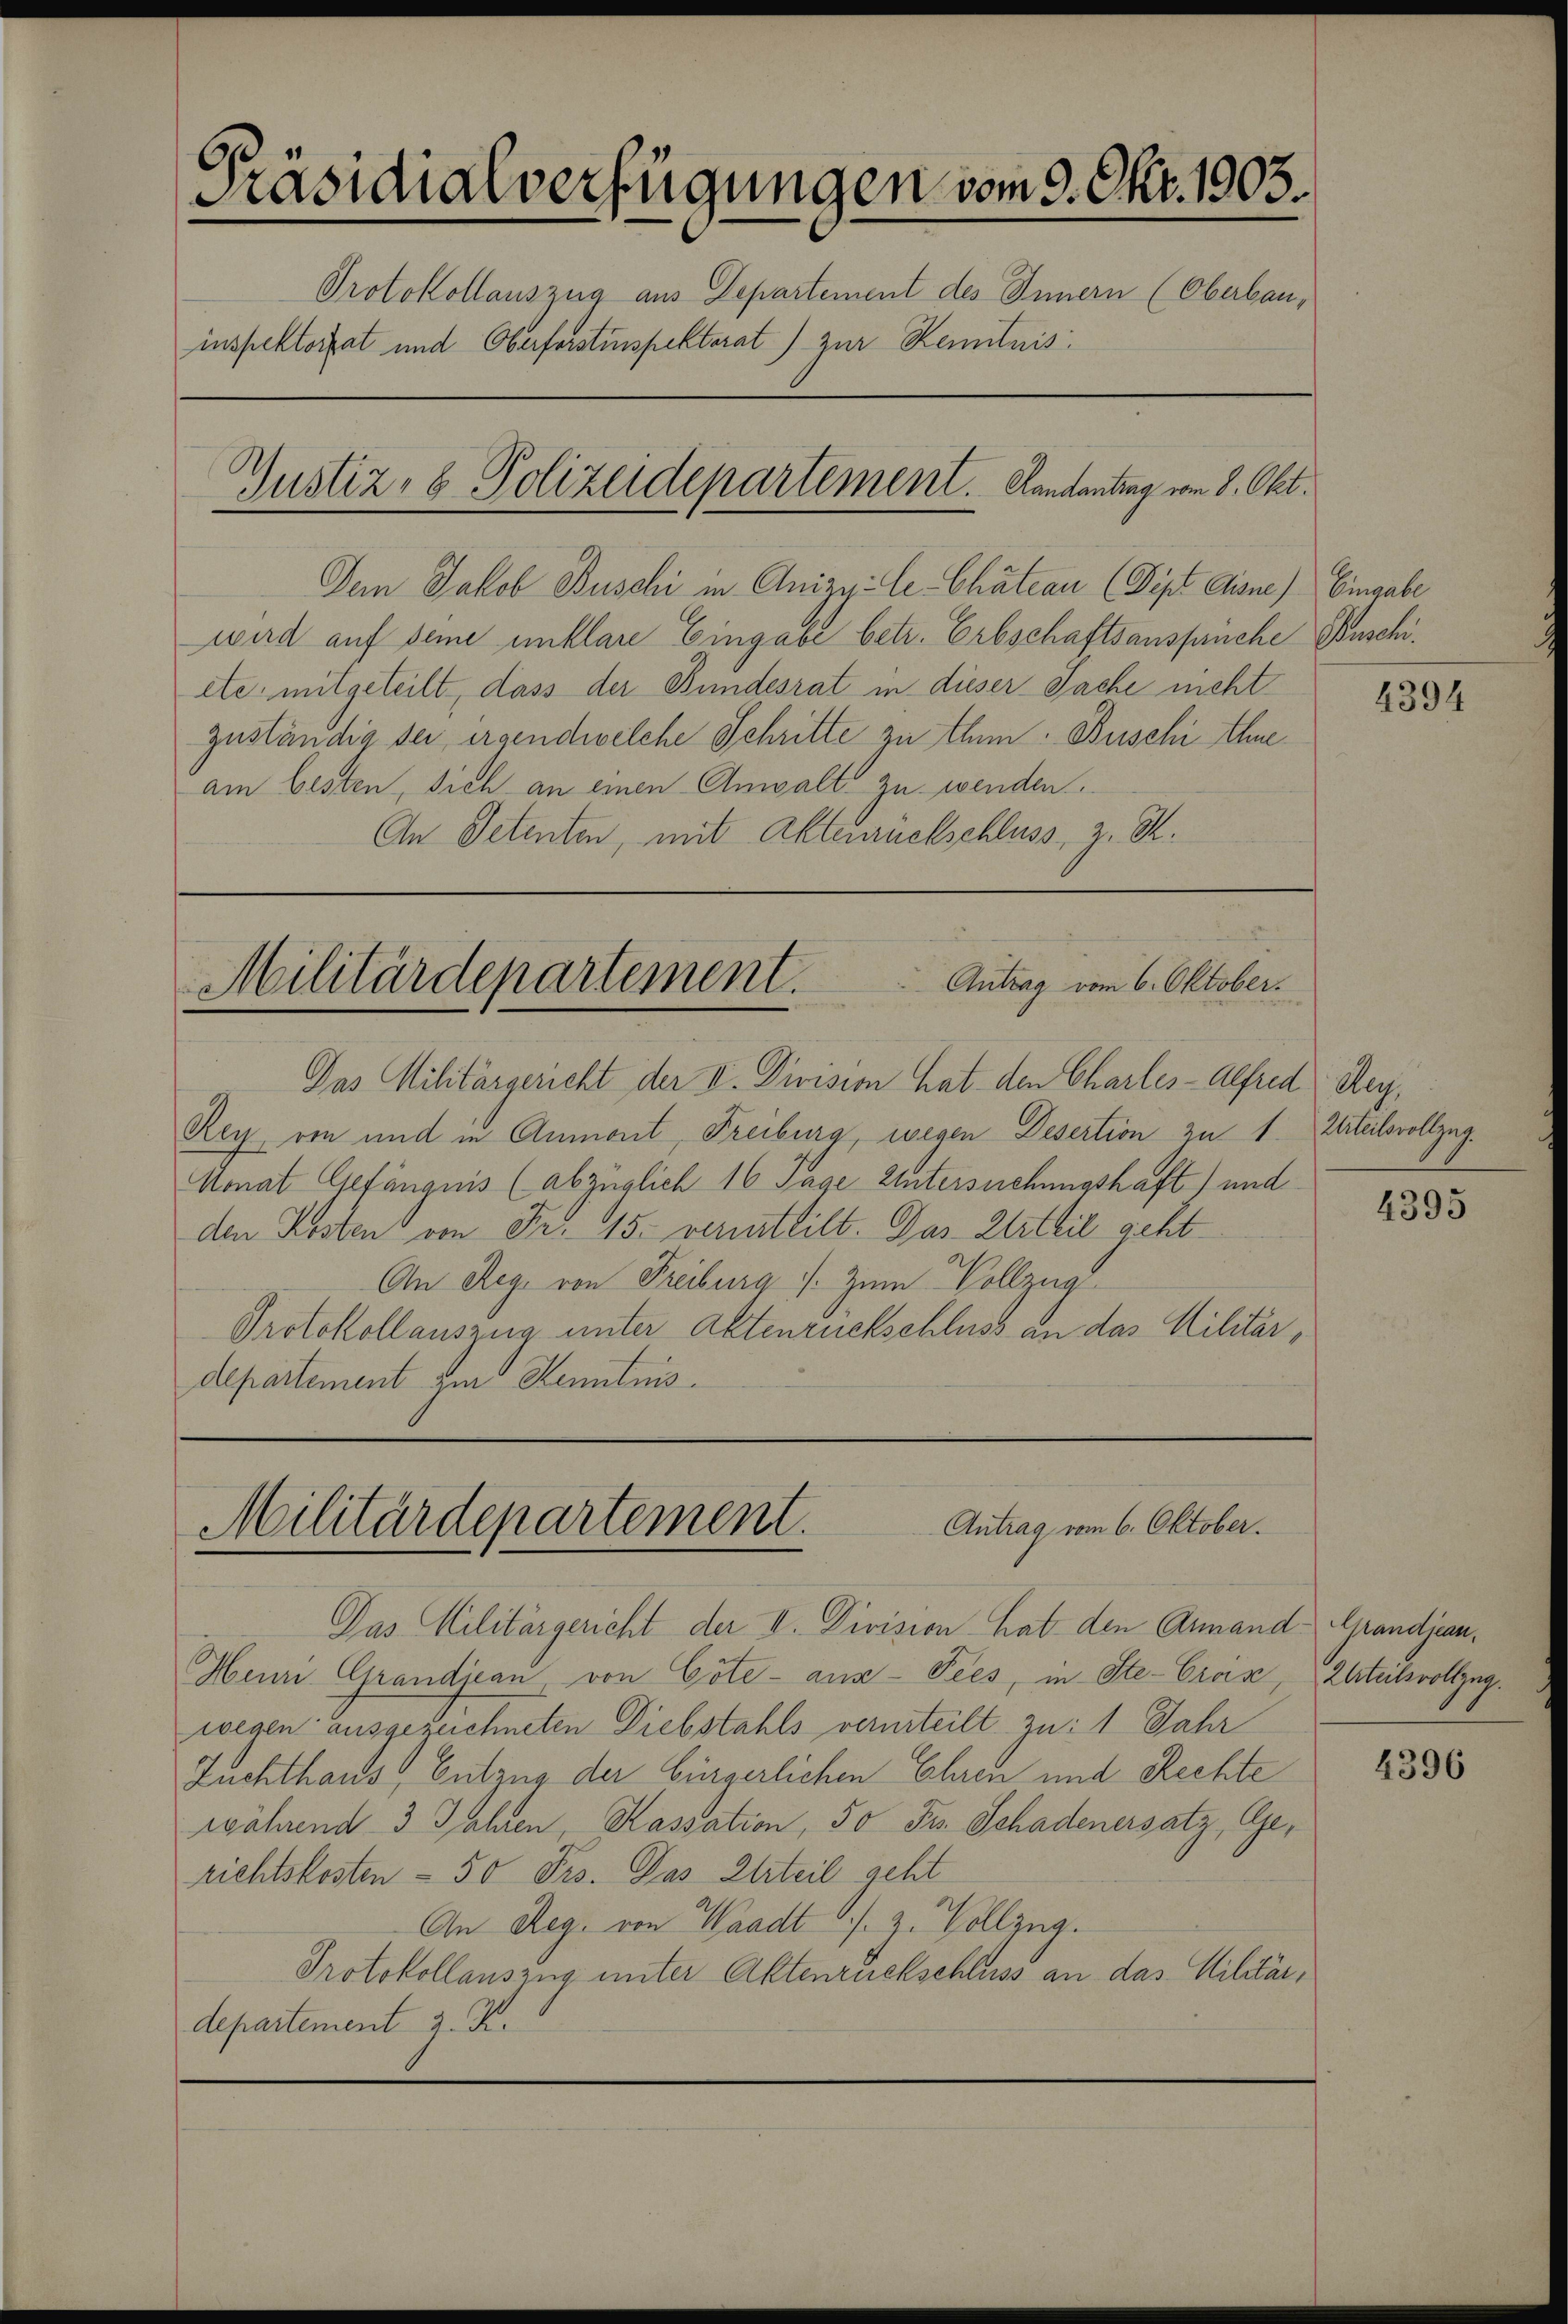
Präsidialverfügungen vom 9. Okt. 1903.
Protokollauszug aus Departement des Innern (Oberbauinspektorat und Oberforstinspektorat) zur Kenntnis
Gustiz- & Polizeidepartement. Landantrag vom 8. Okt.

Dem Jakob Buschi in Anizy-le-Chateau (Pipt Aisne) Eingabe
wird auf seine unklare Eingabe betr. Erbschaftsansprüche Zuschietc. mitgeteilt, dass der Bundesrat in dieser Sache nicht
zuständig sei ergendwelche Schritte zu thun. Buschi Ihne
am besten, sich an einen Anwalt zu wenden.
An Petenten, mit Aktenrückschluss, z. B.

Militärdepartement. Antrag vom 6. Oktober.

Das Militärgericht der V. Division hat den Charles-Alfred Hey¬
Rey, von und in Anmont, Freiburg, wegen Desertion zu 1. Urteilsvollzug.
Monat Gefängnis (abzüglich 16 Tage Untersuchungshaft) und
den Kosten von Fr. 15. vermittilt. Das Urteil geht
An Reg. von Freiburg /. zum Vollzug
Protokollauszug unter Aktenrückschluss an das Militärdepartement zur Kenntnis.

Antrag vom 6. Oktober.
Militärdepartement.
Das Militärgericht der V. Division hat den Armand Grandjean¬

Heuri Grandjean, von Cöte - aus - Fees, in Ste-Craz, Zuteilsvollzug.
wegen ausgezeichneten Diebstahls verurteilt zu: 1 Jahr
Zuchthaus Entzug der bürgerlichen Ehren und Rechte
während 3 Jahren, Kassation, 50 Fr. Schadenersatz, Ge-
richtskosten - 50 Frs. Das Urteil geht
An Reg. von Waadt s. Z. Vollzug.
Protokollauszug unter Aktenrückschluss an das Militärdepartement z. B.

4394

4395

4396